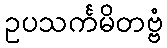
ဥပသင်္ကမိတဗ္ဗံ